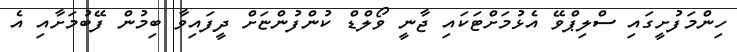
ހިންމަފުށީގައި ސްލިޕްވޭ އެޅުމަށްޓަކައި ޖާނީ ވޯލްޑް ކުންފުންޏަށް ދީފައިވާ ބިމުން ފޭބުމަށާއި އެ